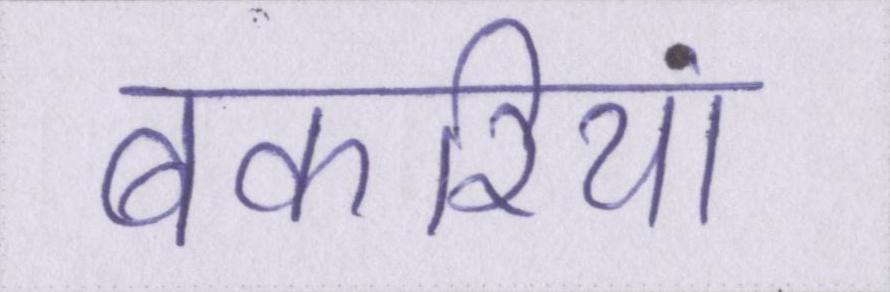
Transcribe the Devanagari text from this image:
बकरियां